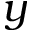
y